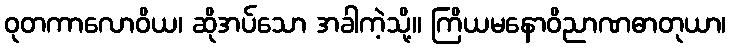
ဝုတကာလောဝိယ၊ ဆိုအပ်သော အခါကဲ့သို့။ ကြိယမနောဝိညာဏဓာတုယာ၊